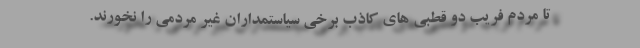
تا مردم فریب دو قطبی های کاذب برخی سیاستمداران غیر مردمی را نخورند.